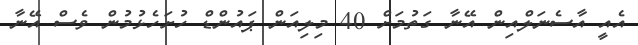
އެއީ އާސެނަލްއިން އޭނާ ގަތުމަށް 40 މިލިއަން ޕައުންޑް ހުށަހެޅުމުން ވެސް އޭނާ